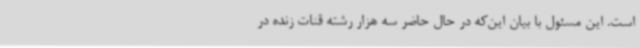
است. این مسئول با بیان این‌که در حال حاضر سه هزار رشته قنات زنده در